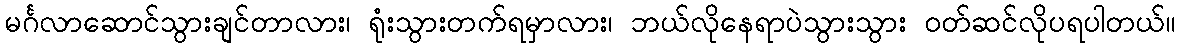
မင်္ဂလာဆောင်သွားချင်တာလား၊ ရုံးသွားတက်ရမှာလား၊ ဘယ်လိုနေရာပဲသွားသွား ဝတ်ဆင်လိုပရပါတယ်။